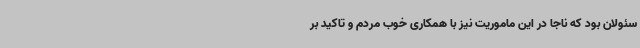
سئولان بود که ناجا در این ماموریت نیز با همکاری خوب مردم و تاکید بر